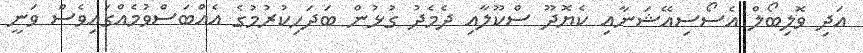
އަދި ވޮލިބޯލް އެސޯސިއޭޝަނާއި ކެޔޮދޫ ސްކޫލާއި ދެމެދު ގުޅުން ބަދަހިކުރުމުގެ އެއްބަސްވުމެއްގައިވެސް ވަނީ